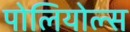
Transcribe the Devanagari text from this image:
पोलियोल्स